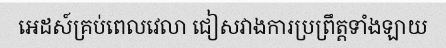
អេដស៍គ្រប់ពេលវេលា ជៀសវាងការប្រព្រឹត្តទាំងឡាយ